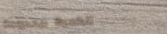
الكمية محدودة